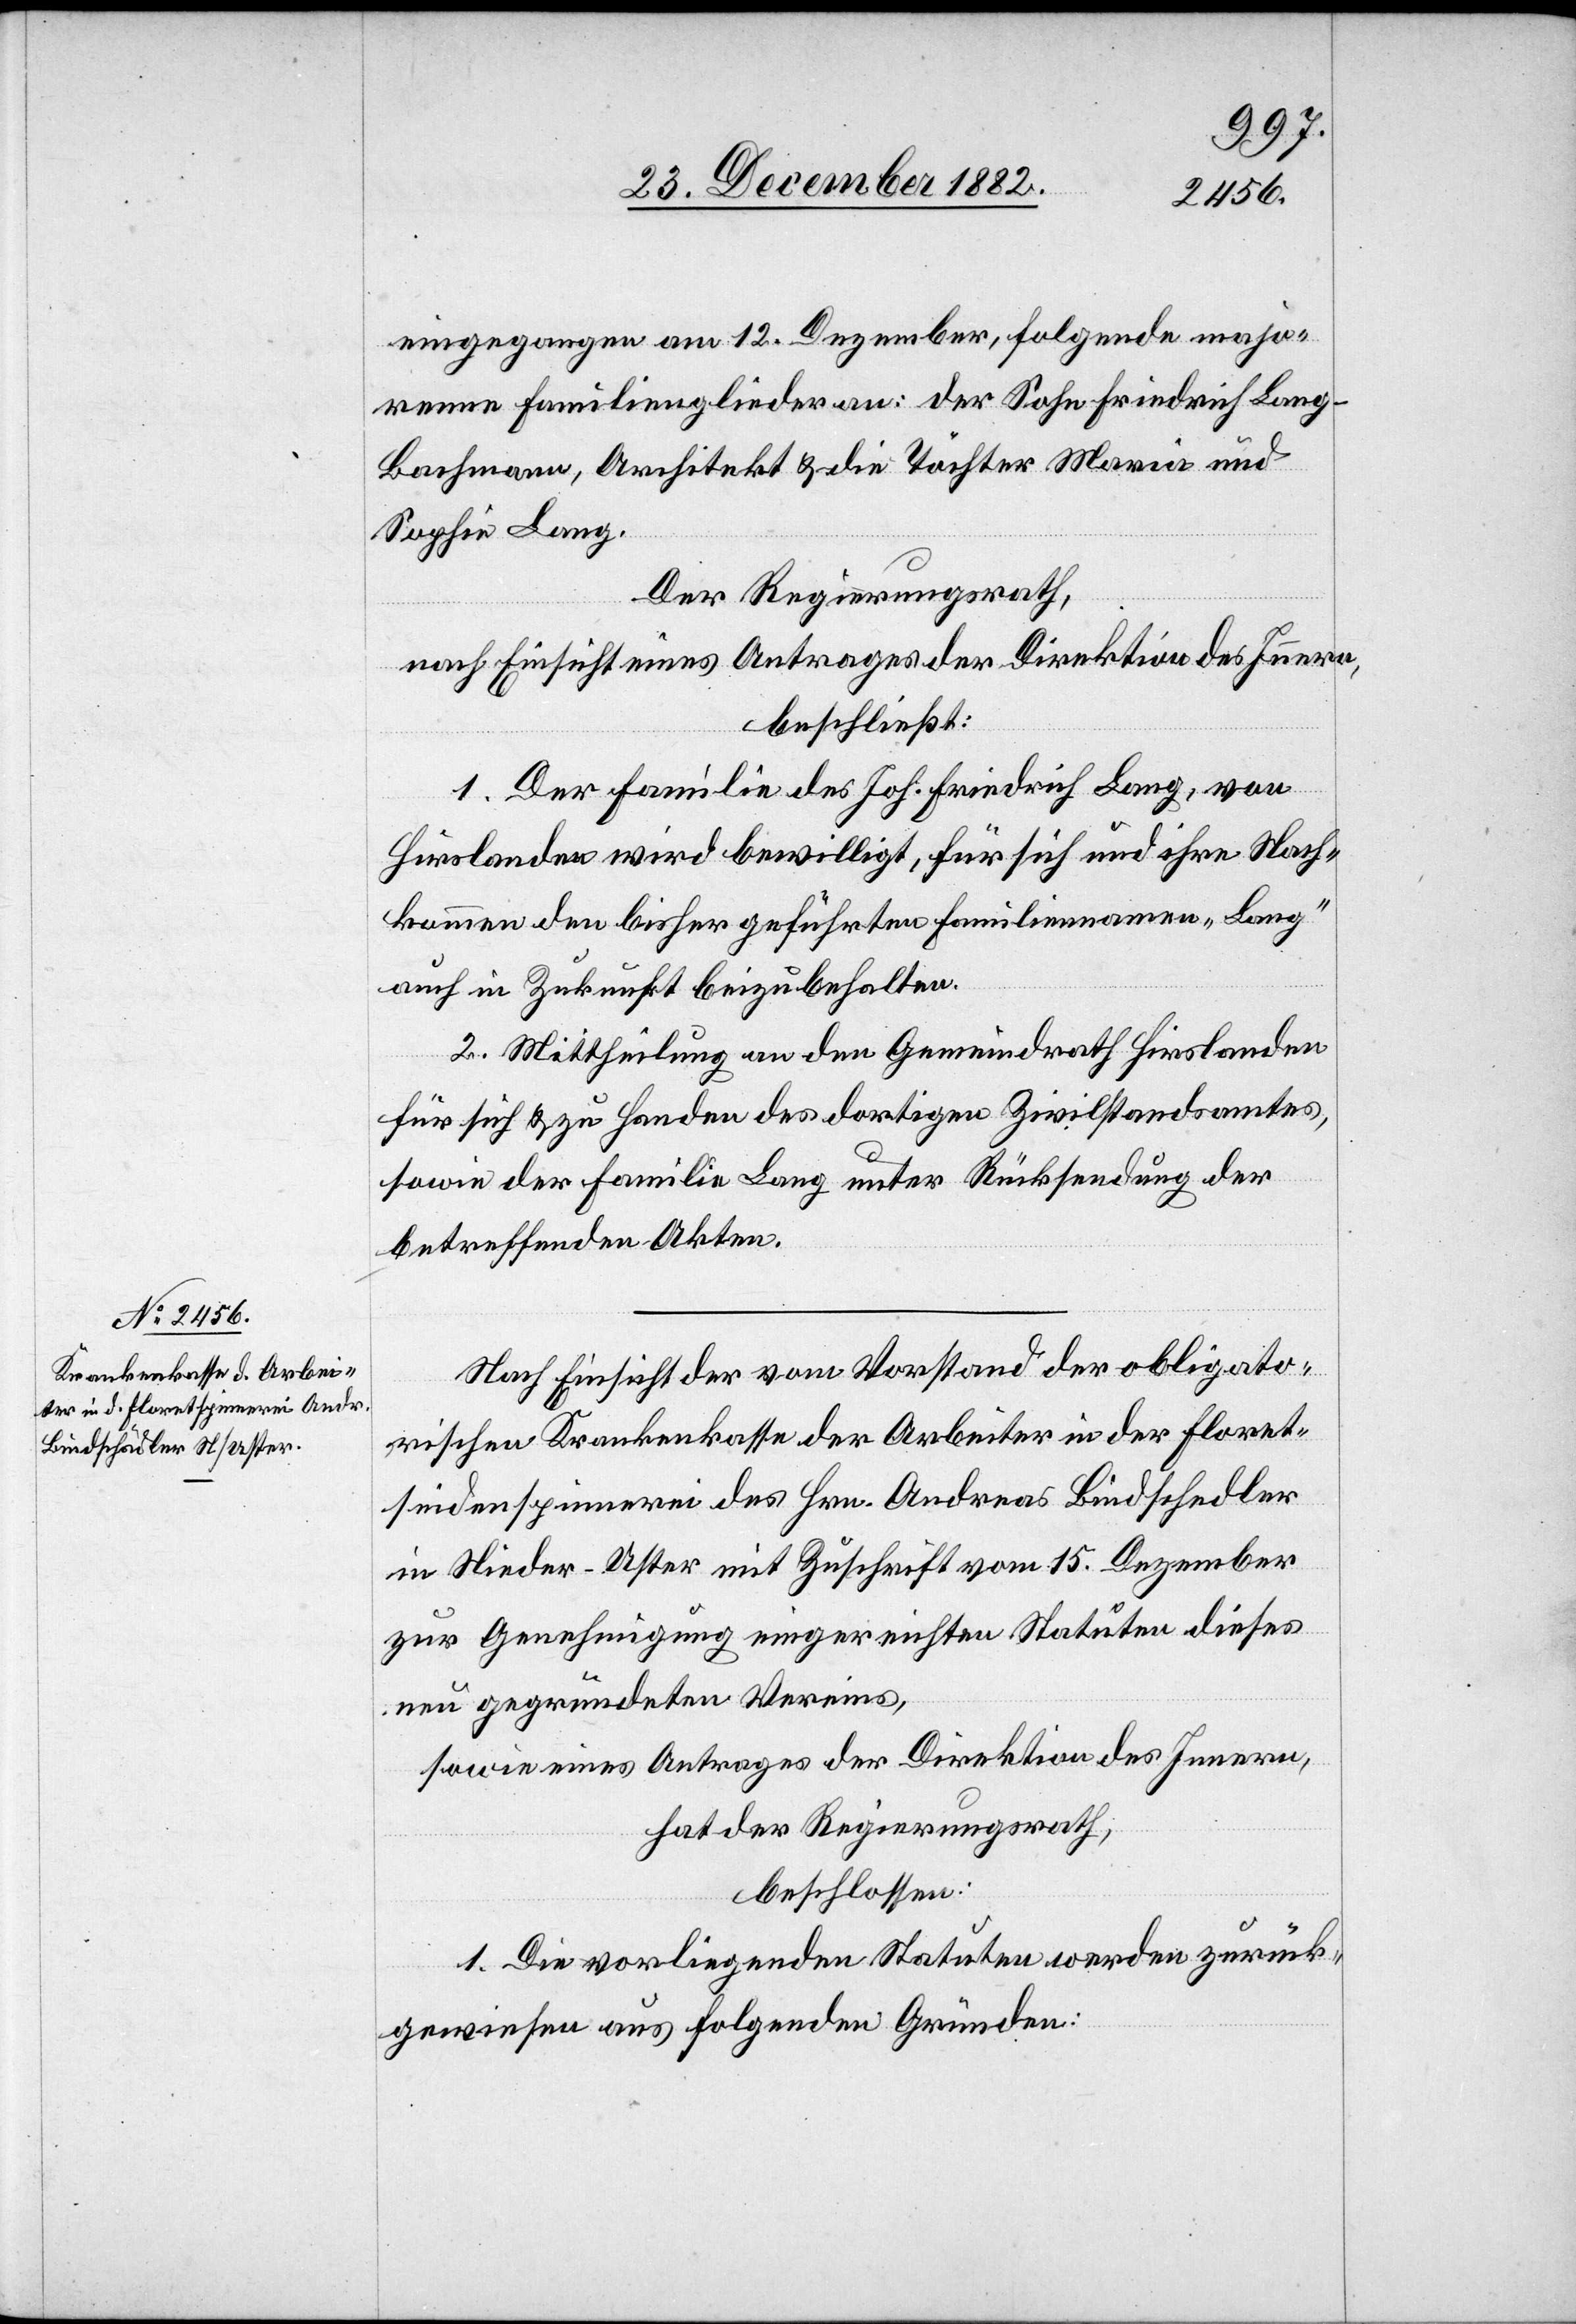
eingegangen am 12. Dezember, folgende majo¬
renne Familienmitglieder an: der Sohn Friedrich Lan¬
g-Bachmann, Architekt & die Töchter Maria und
Sophie Lang.
Der Regierungsrath,
nach Einsicht eines Antrages der Direktion des Innern,
beschließt:
1. Der Familie des Hoh. Friedrich Lang, von
Hirslanden wird bewilligt, für sich und ihre Nach¬
kommen den bisher geführten Familiennamen „Lang“
auch in Zukunft beizubehalten.
2. Mittheilung an den Gemeindrath Hirslanden
für sich & zu Handen des dortigen Zivilstandsamtes,
sowie der Familie Lang unter Rücksendung der
betreffenden Akten.
Nach Einsicht der vom Vorstand der obligato¬
rischen Krankenkasse der Arbeiter in der Floret¬
seidenspinnerei des Hrn. Andreas Bindschedler
in Nieder-Uster mit Zuschrift vom 15. Dezember
zur Genehmigung eingereichten Statuten dieses
neu gegründeten Vereins,
sowie eines Antrages der Direktion des Innern,
hat der Regierungsrath,
beschlossen:
1. Die vorliegenden Statuten werden zurück¬
gewiesen aus folgenden Gründen: